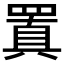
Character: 𮊍